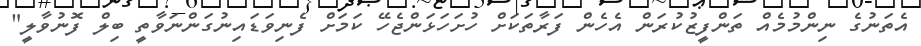
އެތަނުގެ ނިންމުމެއް ތަންފީޒުކުރަން އެހެން ފަރާތަކަށް ހުށަހަޅަންޖެހޭ ކަމަށް ފެނިވަޑައިނުގަންނަވާތީ ބިލް ފޮނުވާލީ"